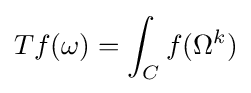
Tf(\omega )=\int _{C}f(\Omega ^{k})